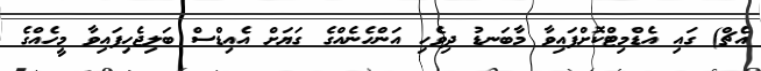
އެޗް) ގައި އެޑްމިޓްކޮށްފައިވާ މާބަނޑު ދިވެހި އަންހެނެއްގެ ގަޔަށް އެއިޑްސް ބަލިޖެހިފައިވާ މީހެއްގެ